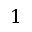
\boldsymbol { 1 }